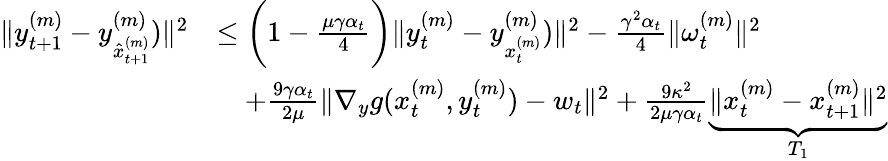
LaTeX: \begin{array}{rl}{\| y_{t+1}^{(m)}-y_{\hat{x}_{t+1}^{(m)}}^{(m)})\| ^{2}}&{\leq\bigg(1-\frac{\mu\gamma\alpha_{t}}{4}\bigg)\| y_{t}^{(m)}-y_{x_{t}^{(m)}}^{(m)})\| ^{2}-\frac{\gamma^{2}\alpha_{t}}{4}\| \omega_{t}^{(m)}\| ^{2}}\\ &{\quad+\frac{9\gamma\alpha_{t}}{2\mu}\| \nabla_{y}g(x_{t}^{(m)},y_{t}^{(m)})-w_{t}\| ^{2}+\frac{9\kappa^{2}}{2\mu\gamma\alpha_{t}}\underbrace{\| x_{t}^{(m)}-x_{t+1}^{(m)}\| ^{2}}_{T_{1}}}\end{array}